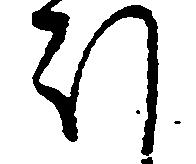
ほ